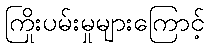
ကြိုးပမ်းမှုများကြောင့်